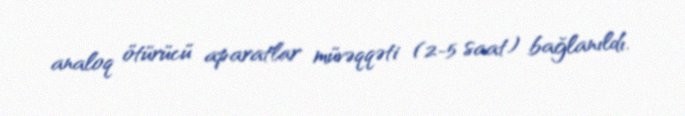
analoq ötürücü aparatlar müvəqqəti (2-5 saat) bağlanıldı.